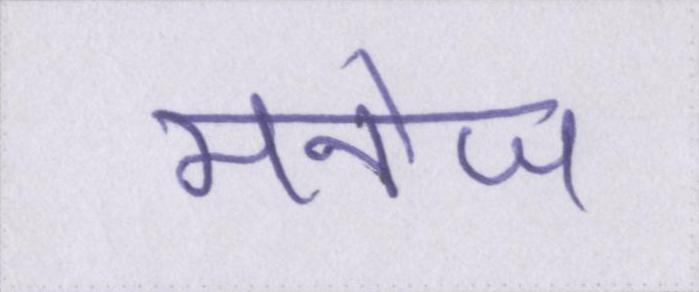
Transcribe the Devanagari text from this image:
मनोज